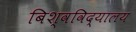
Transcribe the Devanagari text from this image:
बिश्वविद्यालय